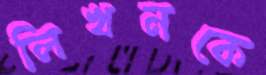
লিখনকে